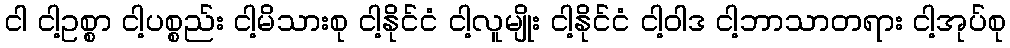
ငါ ငါ့ဥစ္စာ ငါ့ပစ္စည်း ငါ့မိသားစု ငါ့နိုင်ငံ ငါ့လူမျိုး ငါ့နိုင်ငံ ငါ့ဝါဒ ငါ့ဘာသာတရား ငါ့အုပ်စု